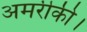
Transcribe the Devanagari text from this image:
अमरीकी।